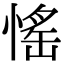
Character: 愮